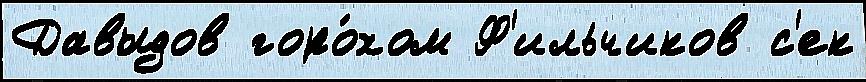
Давыдов горо́хом Ф'ильчиков с'ек